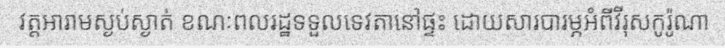
វត្តអារាមស្ងប់ស្ងាត់ ខណៈពលរដ្ឋទទួលទេវតានៅផ្ទះ ដោយសារបារម្ភអំពីវីរុសកូរ៉ូណា